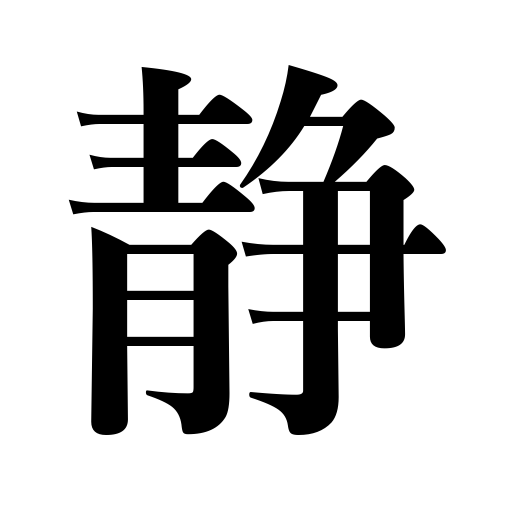
Meanings: suppress,silent,die down,get quiet,graceful,quiet,quell,be suppressed,peace,calm down,alleviate,still,gentle voice,inactivity,deserted,appease,pacify,slow walk,placid,soft rain,grow still,calm,peaceful,subside,serene,soothe